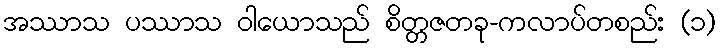
အဿာသ ပဿာသ ဝါယောသည် စိတ္တဇတခု-ကလာပ်တစည်း (၁)